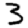
Digit: 3